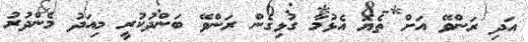
އަދި ރަންވޭ އަށް ތެޔޮ އެޅުމާ ގުޅިގެން ރަންވޭ ބަންދުކުރީ މިއަދު މެންދުރު